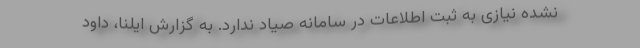
نشده نیازی به ثبت اطلاعات در سامانه صیاد ندارد. به گزارش ایلنا، داود